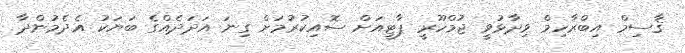
ޤާސިމް އިބްރާހިމް ވިދާޅުވީ ޖުމްހޫރީ ޕާޓީއަށް ސޮއިކުރުމަށް ގިނަ އަދަދެއްގެ ބަޔަކު އެދެމުންދާ